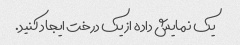
یک نمایش داده از یک درخت ایجاد کنید.